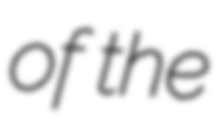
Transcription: of the